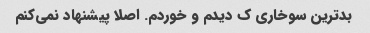
بدترین سوخاری ک دیدم و خوردم. اصلا پیشنهاد نمی‌کنم